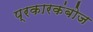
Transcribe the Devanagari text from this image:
प्रकारकंबोज